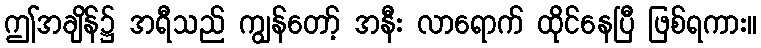
ဤအချိန်၌ အရီသည် ကျွန်တော့် အနီး လာရောက် ထိုင်နေပြီ ဖြစ်ရကား။